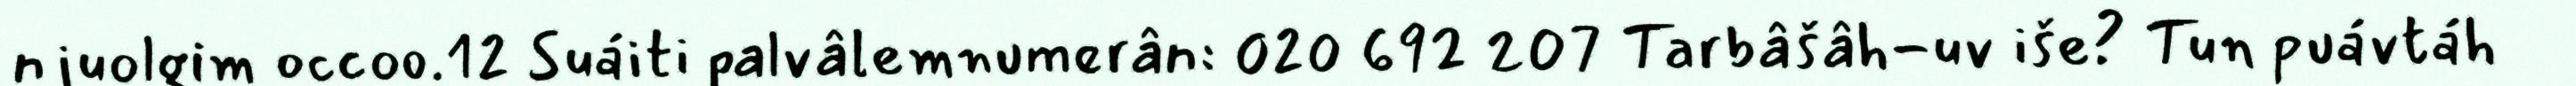
njuolgim occoo.12 Suáiti palvâlemnumerân: 020 692 207 Tarbâšâh-uv iše? Tun puávtáh